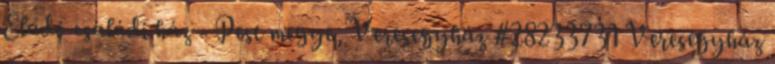
Eladó családi ház - Pest megye, Veresegyház #28233731 Veresegyház